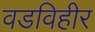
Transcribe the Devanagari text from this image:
वडविहीर